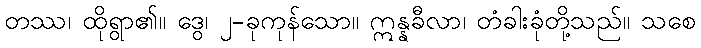
တဿ၊ ထိုရွာ၏။ ဒွေ၊ ၂-ခုကုန်သော။ ဣန္နခီလာ၊ တံခါးခုံတို့သည်။ သစေ